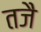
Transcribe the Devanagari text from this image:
तजै